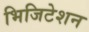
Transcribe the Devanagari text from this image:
भिजिटेशन